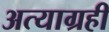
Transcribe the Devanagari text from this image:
अत्याग्रही